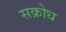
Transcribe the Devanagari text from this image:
सक्रोध